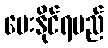
ပေးနိုင်ရမည်